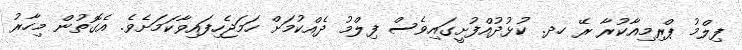
ފިލްމު ޕްރިމިއާކުރާ ރޭ ހދ. ކުޅުދުއްފުށީގައިވެސް ފިލްމު ދެއްކުމަށް ހަމަޖެހިފައިވާކަމަށެވެ. އެގޮތުން މިހާރު